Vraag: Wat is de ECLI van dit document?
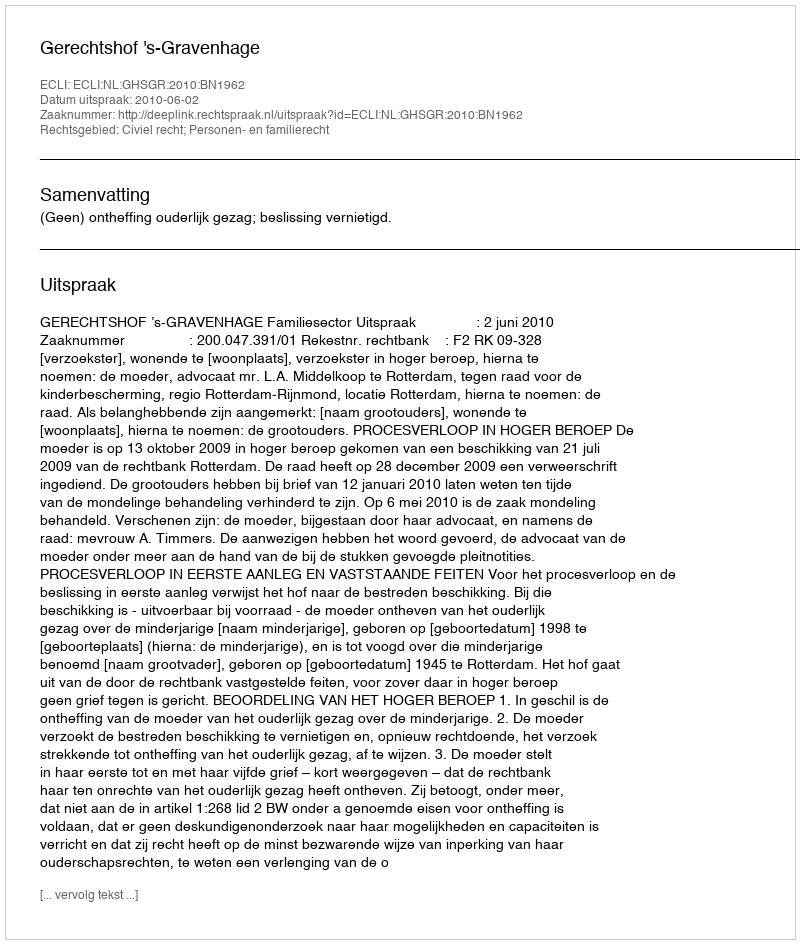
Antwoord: ECLI:NL:GHSGR:2010:BN1962